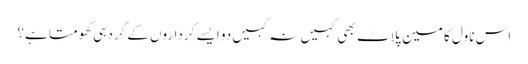
اس ناول کا مین پلاٹ بھی کہیں نہ کہیں دو ایسے کرداروں کے گرد ہی گھومتا ہے؟